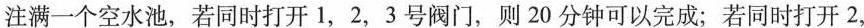
注满一个空水池，若同时打开1，2，3号阀门，则20分钟可以完成；若同时打开2，